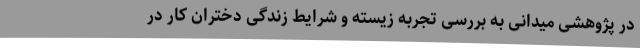
در پژوهشی‌ میدانی به بررسی تجربه زیسته و شرایط زندگی دختران کار در